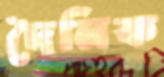
দৈনিক